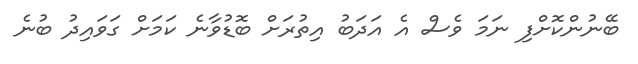
ބޭނުންކޮށްފި ނަމަ ވެސް އެ އަދަބު އިތުރަށް ބޮޑުވާނެ ކަމަށް ގަވައިދު ބުނެ